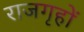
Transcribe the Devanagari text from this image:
राजगृहों